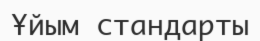
Ұйым стандарты